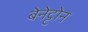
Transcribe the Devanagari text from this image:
बेनेट्टोन